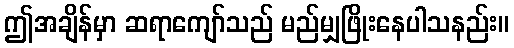
ဤအချိန်မှာ ဆရာကျော်သည် မည်မျှဖြိုးနေပါသနည်း။